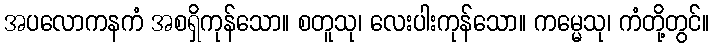
အပလောကနကံ အစရှိကုန်သော။ စတူသု၊ လေးပါးကုန်သော။ ကမ္မေသု၊ ကံတို့တွင်။